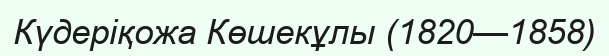
Күдеріқожа Көшекұлы (1820—1858)